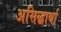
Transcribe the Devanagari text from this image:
असिद्धार्था